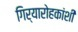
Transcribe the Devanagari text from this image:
गिर्यारोहकांशी